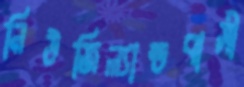
নিউজিল্যান্ডবাসী